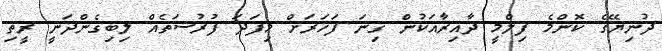
ދުނިޔޭގެ ކޮންމެ ފިލްމީ ދާއިރާއަކުން ގިނަ ފަހަރަށް މިފަދަ ފުރުސަތެއް ލިބިގެންދަނީ ރީތި